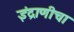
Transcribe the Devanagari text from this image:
इंद्राणीचा